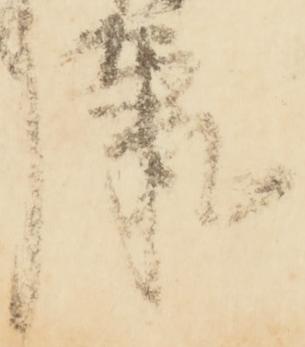
康